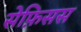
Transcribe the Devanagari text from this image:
सेफ़िसस